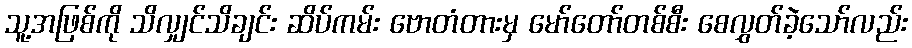
သူ့အဖြစ်ကို သိလျှင်သိချင်း ဆိပ်ကမ်း ဗောတံတားမှ မော်တော်တစ်စီး စေလွှတ်ခဲ့သော်လည်း